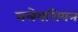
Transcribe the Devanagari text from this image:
मलेयशियन